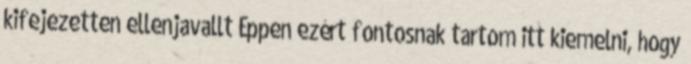
kifejezetten ellenjavallt Éppen ezért fontosnak tartom itt kiemelni, hogy